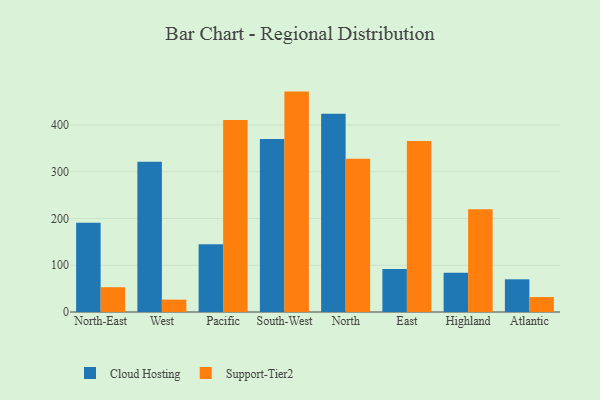
{"axis": {"x": "Region", "y": "Active Users"}, "legend": ["Cloud Hosting", "Support-Tier2"], "data": [{"x": "North-East", "y": 191.0, "type": "Cloud Hosting"}, {"x": "North-East", "y": 53.0, "type": "Support-Tier2"}, {"x": "West", "y": 321.2, "type": "Cloud Hosting"}, {"x": "West", "y": 26.5, "type": "Support-Tier2"}, {"x": "Pacific", "y": 144.8, "type": "Cloud Hosting"}, {"x": "Pacific", "y": 410.9, "type": "Support-Tier2"}, {"x": "South-West", "y": 369.8, "type": "Cloud Hosting"}, {"x": "South-West", "y": 471.4, "type": "Support-Tier2"}, {"x": "North", "y": 423.8, "type": "Cloud Hosting"}, {"x": "North", "y": 327.6, "type": "Support-Tier2"}, {"x": "East", "y": 91.9, "type": "Cloud Hosting"}, {"x": "East", "y": 365.5, "type": "Support-Tier2"}, {"x": "Highland", "y": 84.2, "type": "Cloud Hosting"}, {"x": "Highland", "y": 219.7, "type": "Support-Tier2"}, {"x": "Atlantic", "y": 69.9, "type": "Cloud Hosting"}, {"x": "Atlantic", "y": 32.0, "type": "Support-Tier2"}]}